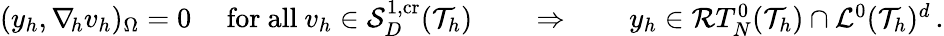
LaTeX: \begin{array}{r}{(y_{h},\nabla_{\! h}v_{h})_{\Omega}=0\quad\mathrm{~for~all~}v_{h}\in\mathcal{S}_{D}^{1,\textit{\textrm{cr}}}(\mathcal{T}_{h})\qquad\Rightarrow\qquad y_{h}\in\mathcal{R}T_{N}^{0}(\mathcal{T}_{h})\cap\mathcal{L}^{0}(\mathcal{T}_{h})^{d}\, .}\end{array}